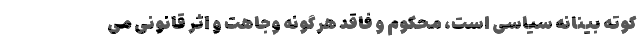
کوته بینانه سیاسی است، محکوم و فاقد هرگونه وجاهت و اثر قانونی می